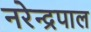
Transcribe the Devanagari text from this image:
नरेन्द्रपाल